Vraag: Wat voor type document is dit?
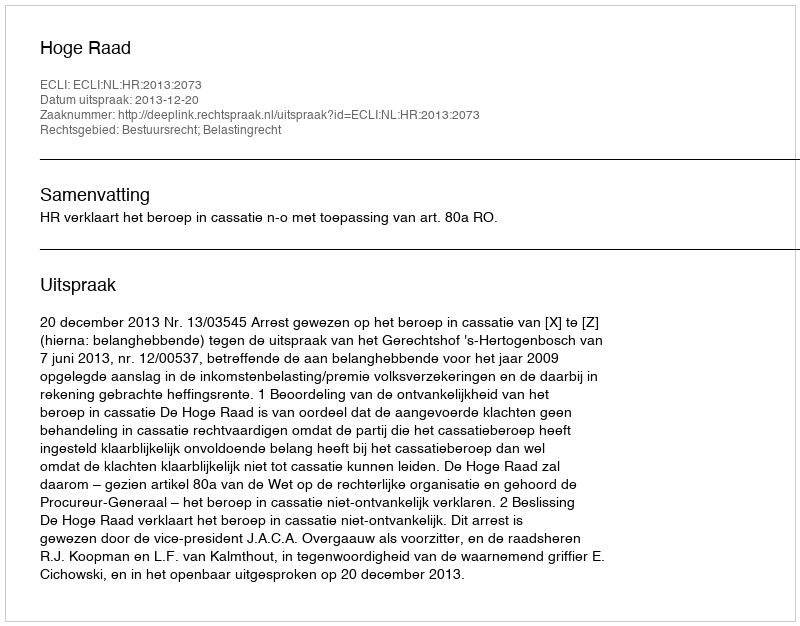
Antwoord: Uitspraak